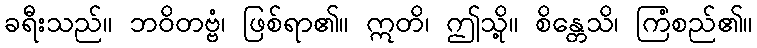
ခရီးသည်။ ဘဝိတဗ္ဗံ၊ ဖြစ်ရာ၏။ ဣတိ၊ ဤသို့။ စိန္တေသိ၊ ကြံစည်၏။